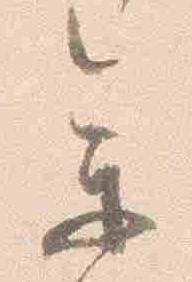
参